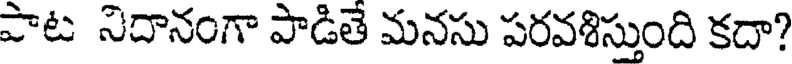
పాట నిదానంగా పాడితే మనసు పరవశిస్తుంది కదా?